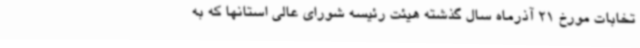
تخابات مورخ 21 آذرماه سال گذشته هیئت رئیسه شورای عالی استانها که به